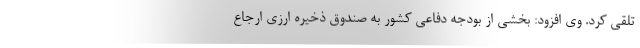
تلقی کرد. وی افزود: بخشی از بودجه دفاعی کشور به صندوق ذخیره ارزی ارجاع